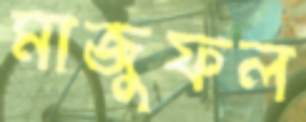
মাজুফল